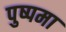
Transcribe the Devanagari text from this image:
पुष्पमा